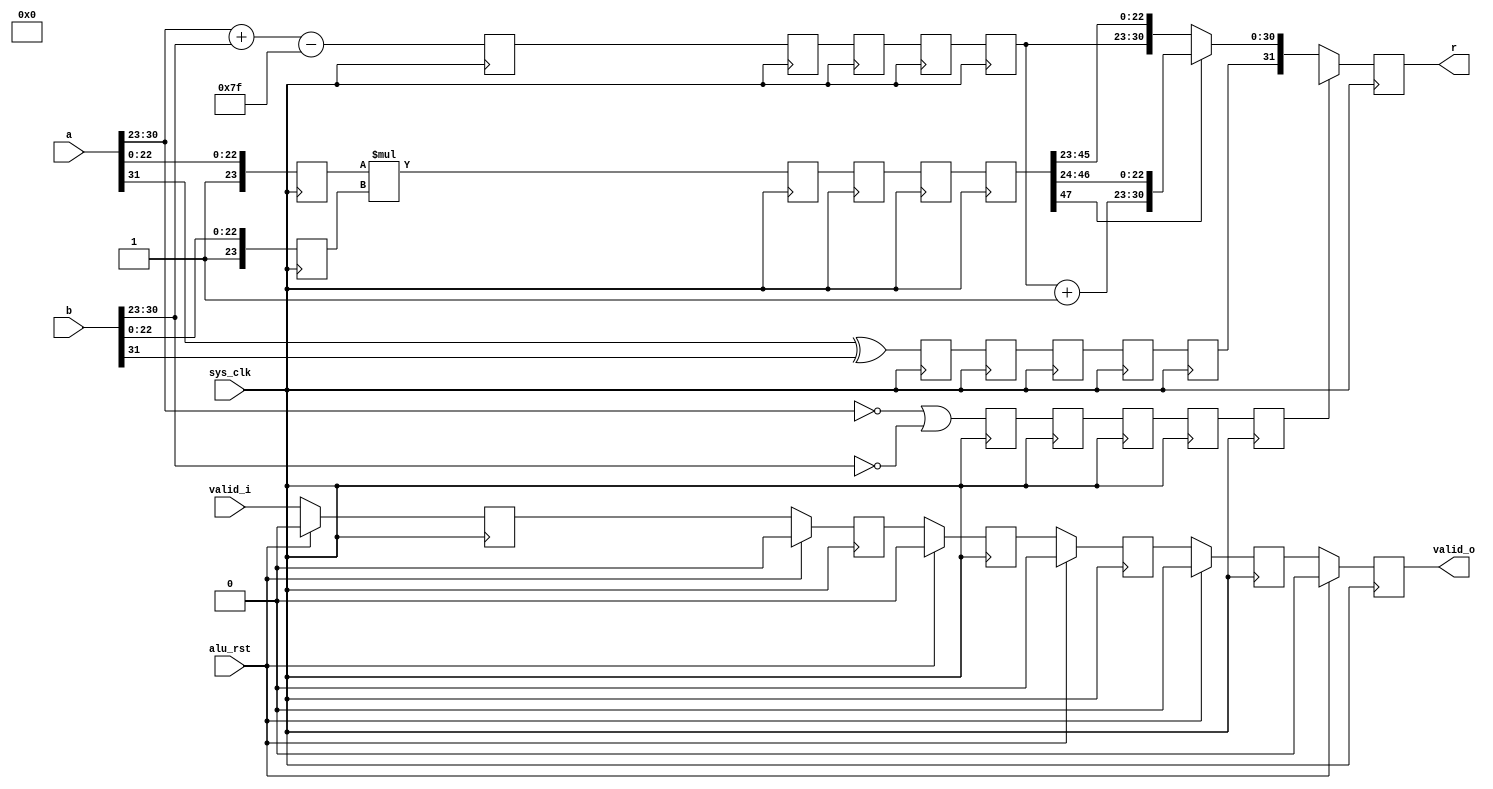
module pfpu_fmul(
	input sys_clk,
	input alu_rst,
	
	input [31:0] a,
	input [31:0] b,
	input valid_i,
	
	output reg [31:0] r,
	output reg valid_o
);

wire		a_sign = a[31];
wire [7:0]	a_expn = a[30:23];
wire [23:0]	a_mant = {1'b1, a[22:0]};

wire		b_sign = b[31];
wire [7:0]	b_expn = b[30:23];
wire [23:0]	b_mant = {1'b1, b[22:0]};

reg		r_zero;
reg		r_sign;
reg [7:0]	r_expn;
reg [23:0]	r_a_mant;
reg [23:0]	r_b_mant;

reg r_valid;

/* Stage 1 */
always @(posedge sys_clk) begin
	if(alu_rst)
		r_valid <= 1'b0;
	else
		r_valid <= valid_i;
	r_zero <= (a_expn == 8'd0)|(b_expn == 8'd0);
	r_sign <= a_sign ^ b_sign;
	r_expn <= a_expn + b_expn - 8'd127;
	r_a_mant <= a_mant;
	r_b_mant <= b_mant;
end

/* Stage 2 */
reg		r1_zero;
reg		r1_sign;
reg [7:0]	r1_expn;
reg [47:0]	r1_mant;

reg r1_valid;

always @(posedge sys_clk) begin
	if(alu_rst)
		r1_valid <= 1'b0;
	else
		r1_valid <= r_valid;
	r1_zero <= r_zero;
	r1_sign <= r_sign;
	r1_expn <= r_expn;
	r1_mant <= r_a_mant*r_b_mant;
end

/* Stage 3 */
reg		r2_zero;
reg		r2_sign;
reg [7:0]	r2_expn;
reg [47:0]	r2_mant;

reg r2_valid;

always @(posedge sys_clk) begin
	if(alu_rst)
		r2_valid <= 1'b0;
	else
		r2_valid <= r1_valid;
	r2_zero <= r1_zero;
	r2_sign <= r1_sign;
	r2_expn <= r1_expn;
	r2_mant <= r1_mant;
end

/* Stage 4 */
reg		r3_zero;
reg		r3_sign;
reg [7:0]	r3_expn;
reg [47:0]	r3_mant;

reg r3_valid;

always @(posedge sys_clk) begin
	if(alu_rst)
		r3_valid <= 1'b0;
	else
		r3_valid <= r2_valid;
	r3_zero <= r2_zero;
	r3_sign <= r2_sign;
	r3_expn <= r2_expn;
	r3_mant <= r2_mant;
end

/* Stage 5 */
reg		r4_zero;
reg		r4_sign;
reg [7:0]	r4_expn;
reg [47:0]	r4_mant;

reg r4_valid;

always @(posedge sys_clk) begin
	if(alu_rst)
		r4_valid <= 1'b0;
	else
		r4_valid <= r3_valid;
	r4_zero <= r3_zero;
	r4_sign <= r3_sign;
	r4_expn <= r3_expn;
	r4_mant <= r3_mant;
end

/* Stage 6 */
always @(posedge sys_clk) begin
	if(alu_rst)
		valid_o <= 1'b0;
	else
		valid_o <= r4_valid;
	if(r4_zero)
		r <= {1'bx, 8'd0, 23'bx};
	else begin
		if(~r4_mant[47])
			r <= {r4_sign, r4_expn,      r4_mant[45:23]};
		else
			r <= {r4_sign, r4_expn+8'd1, r4_mant[46:24]};
	end
end

endmodule